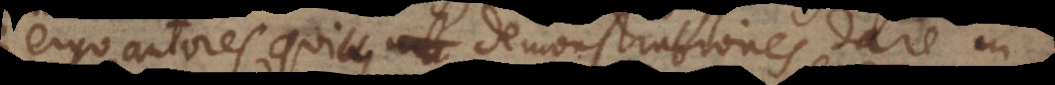
ergo autores, qui demonstrationes dare in